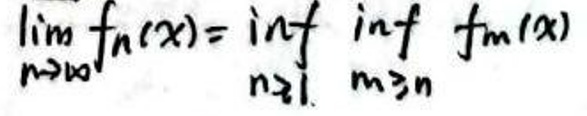
\lim_{n \to \infty} f_n(x)=\inf_{n \geq 1} \inf_{m \geq n} f_m(x)